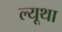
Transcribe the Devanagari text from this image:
ल्यूथा